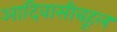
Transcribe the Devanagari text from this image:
आदिवासीबहूल